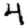
Digit: 4